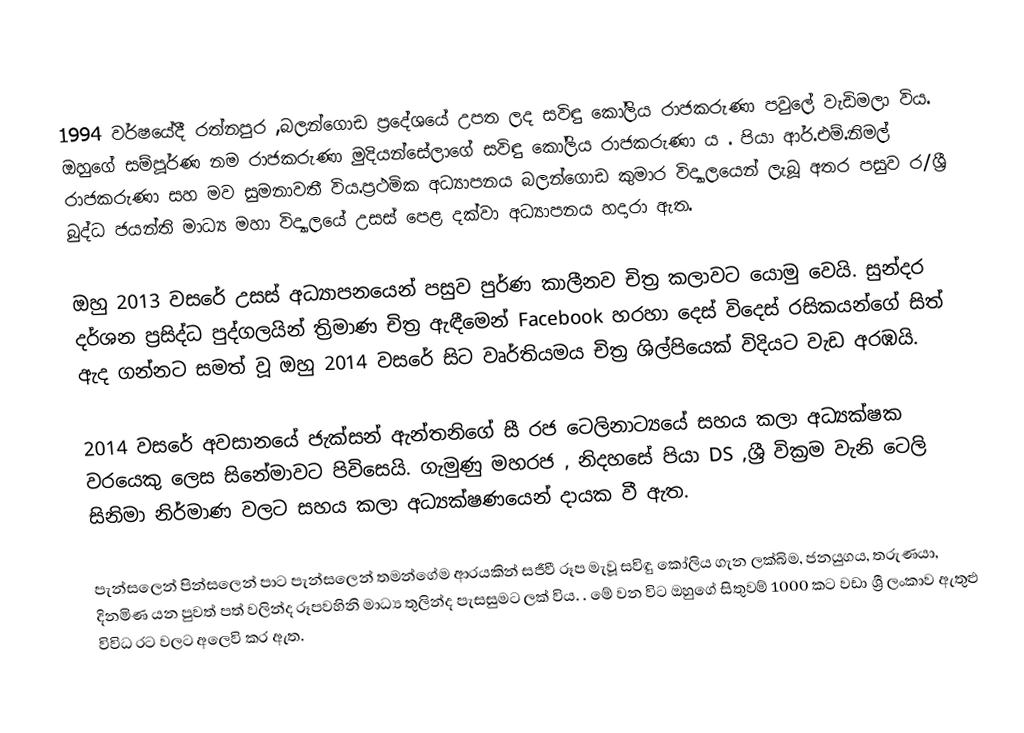

1994 වර්ෂයේදී රත්නපුර ,බලන්ගොඩ ප්‍රදේශයේ උපත ලද සවිඳු කෝලිය රාජකරුණා  පවුලේ වැඩිමලා විය. ඔහුගේ සම්පූර්ණ නම රාජකරුණා මුදියන්සේලාගේ සවිඳු කෝලිය රාජකරුණා ය . පියා ආර්.එම්.නිමල් රාජකරුණා  සහ මව සුමනාවතී විය.ප්‍රථමික අධ්‍යාපනය බලන්ගොඩ කුමාර විද්‍යාලයෙන් ලැබූ අතර පසුව ර/ශ්‍රී බුද්ධ ජයන්ති මාධ්‍ය මහා විද්‍යාලයේ උසස් පෙළ දක්වා අධ්‍යාපනය හදාරා ඇත.

ඔහු 2013 වසරේ උසස් අධ්‍යාපනයෙන් පසුව පුර්ණ කාලීනව චිත්‍ර කලාවට යොමු වෙයි. සුන්දර දර්ශන ප්‍රසිද්ධ පුද්ගලයින් ත්‍රිමාණ චිත්‍ර ඇඳීමෙන් Facebook හරහා දෙස් විදෙස් රසිකයන්ගේ සිත් ඇද ගන්නට සමත් වූ ඔහු 2014 වසරේ සිට වෘර්තියමය චිත්‍ර ශිල්පියෙක් විදියට වැඩ අරඹයි.

2014 වසරේ අවසානයේ ජැක්සන් ඇන්තනිගේ සී රජ ටෙලිනාට්‍යයේ සහය කලා අධ්‍යක්ෂක වරයෙකු ලෙස  සිනේමාවට පිවිසෙයි.  ගැමුණු මහරජ , නිදහසේ පියා DS ,ශ්‍රී වික්‍රම වැනි ටෙලි සිනිමා නිර්මාණ වලට සහය කලා අධ්‍යක්ෂණයෙන්  දායක වී ඇත.

පැන්සලෙන් පින්සලෙන් පාට පැන්සලෙන් තමන්ගේම ආරයකින් සජීවී රූප මැවූ සවිඳු කෝලිය ගැන ලක්බිම, ජනයුගය, තරුණයා, දිනමිණ  යන පුවත් පත් වලින්ද රූපවහිනි මාධ්‍ය තුලින්ද පැසසුමට ලක් විය. . මේ වන විට ඔහුගේ සිතුවම් 1000 කට වඩා ශ්‍රී ලංකාව ඇතුළු විවිධ රට වලට අලෙවි කර ඇත.